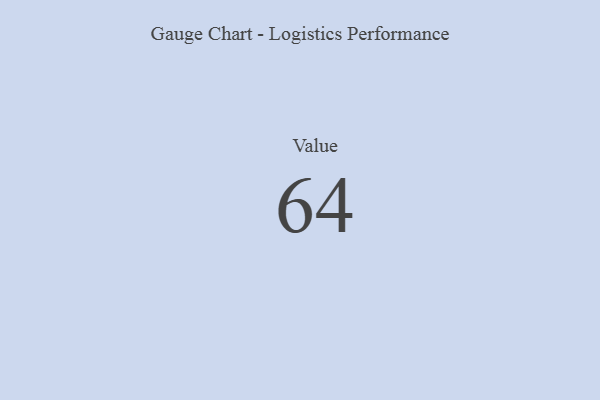
{"axis": {"x": "Metric", "y": "Value"}, "legend": [""], "data": [{"x": "Value", "y": 64, "type": ""}]}